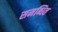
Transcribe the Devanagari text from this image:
समब्धित